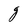
Character: g